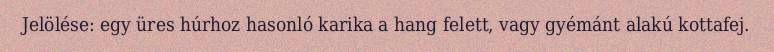
Jelölése: egy üres húrhoz hasonló karika a hang felett, vagy gyémánt alakú kottafej.